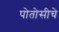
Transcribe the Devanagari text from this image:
पोतोसीचे